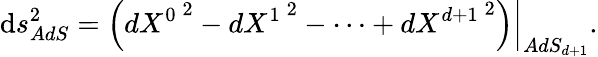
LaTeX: {\mathrm d}s_{AdS}^{2}=\left.\left(d{{X}^{0}}^{\, 2}-d{{X}^{1}}^{\, 2}-\cdots+d{{X}^{d+1}}^{\, 2}\right)\right|_{AdS_{d+1}}.